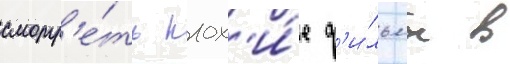
смотр'е́ть плох'и́е ф'и́льмы в